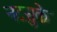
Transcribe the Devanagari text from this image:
नटसुके